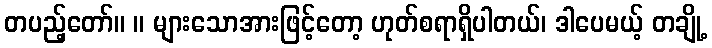
တပည့်တော်။ ။ များသောအားဖြင့်တော့ ဟုတ်စရာရှိပါတယ်၊ ဒါပေမယ့် တချို့